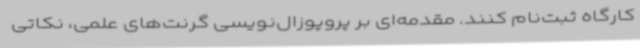
کارگاه ثبت‌نام کنند. مقدمه‌ای بر پروپوزال‌نویسی گرنت‌های علمی، نکاتی